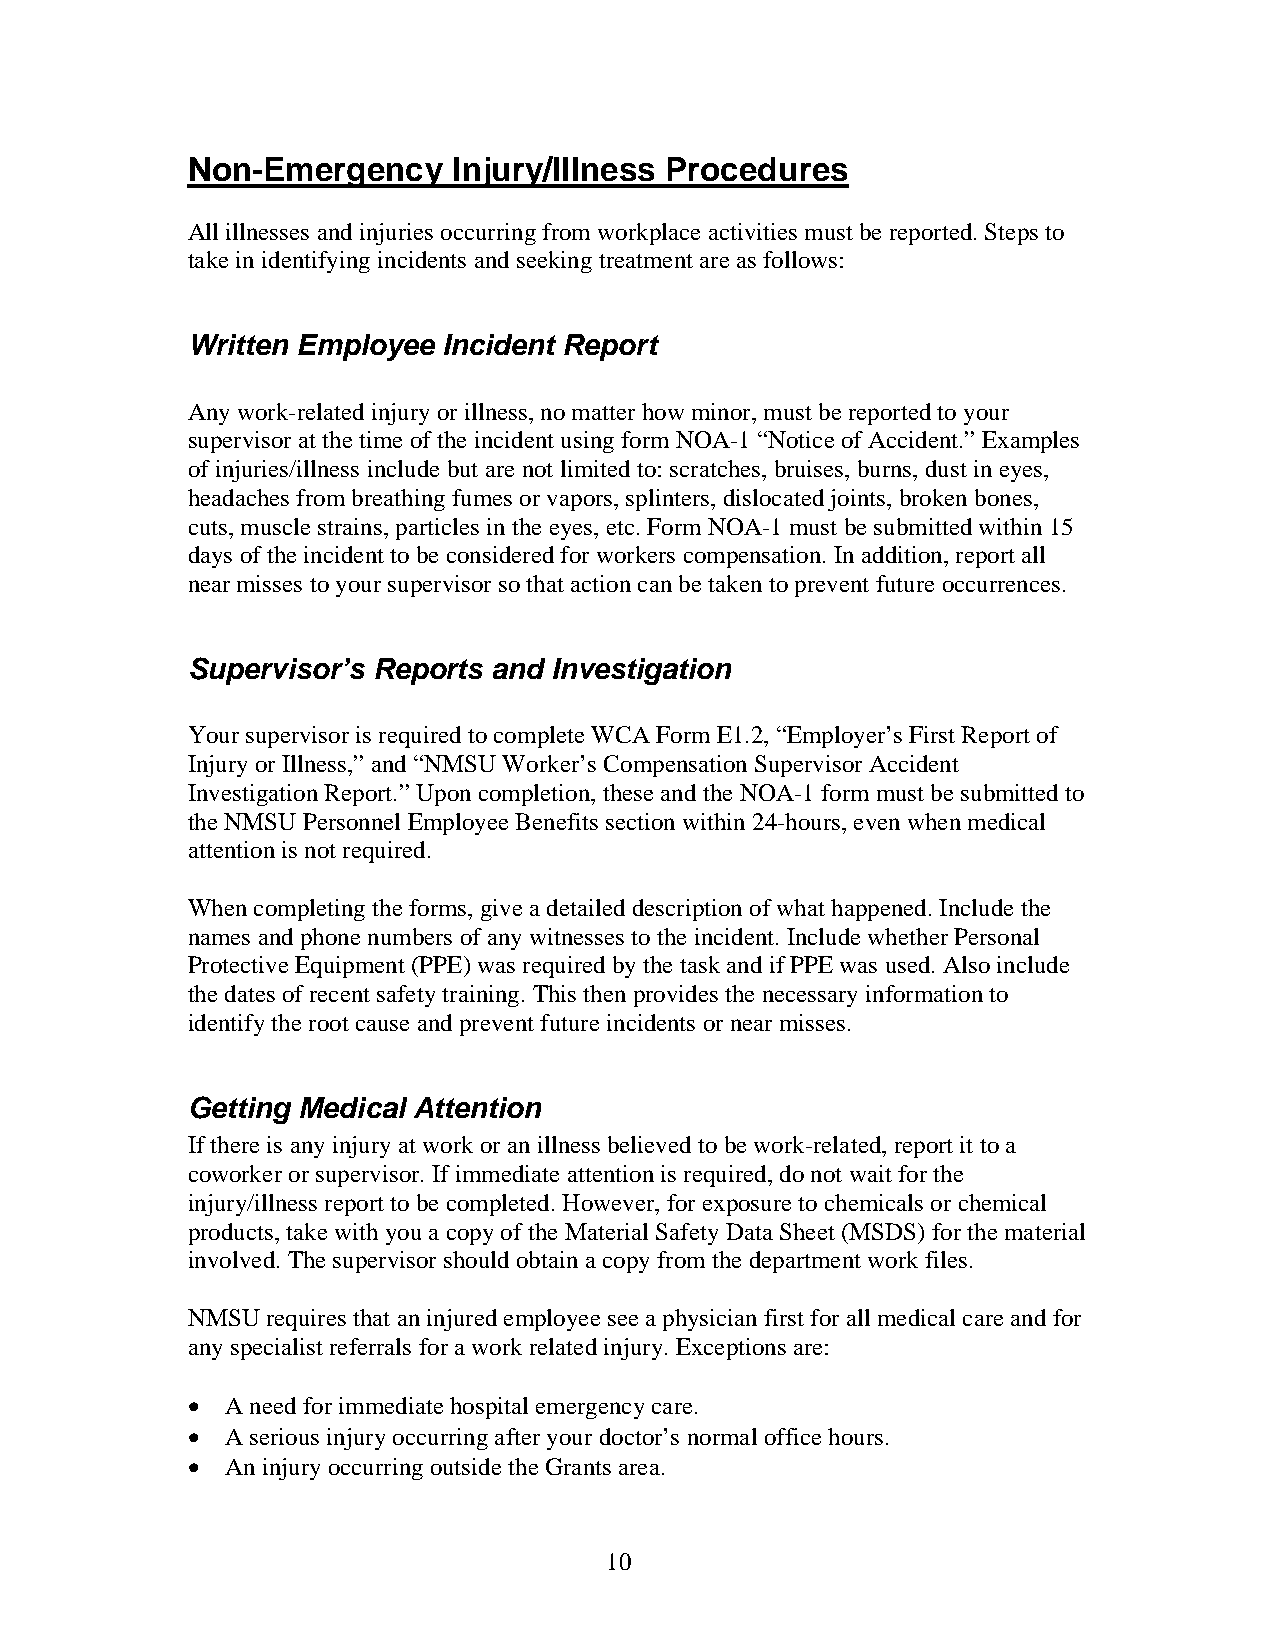
Non-Emergency     Injury/Illness Procedures
 All illnesses and injuries occurring from workplace activities must be reported. Steps to
 take in identifying incidents and seeking treatment are as follows:
 Written Employee Incident Report
 Any work-related injury or illness, no matter how minor, must be reported to your
 supervisor at the time of the incident using form NOA-1 “Notice of Accident.” Examples
 of injuries/illness include but are not limited to: scratches, bruises, burns, dust in eyes,
 headaches from breathing fumes or vapors, splinters, dislocated joints, broken bones,
 cuts, muscle strains, particles in the eyes, etc. Form NOA-1 must be submitted within 15
 days of the incident to be considered for workers compensation. In addition, report all
 near misses to your supervisor so that action can be taken to prevent future occurrences.
 Supervisor’s Reports and Investigation
 Your supervisor is required to complete WCA Form E1.2, “Employer’s First Report of
 Injury or Illness,” and “NMSU Worker’s Compensation Supervisor Accident
 Investigation Report.” Upon completion, these and the NOA-1 form must be submitted to
 the NMSU Personnel Employee Benefits section within 24-hours, even when medical
 attention is not required.
 When completing the forms, give a detailed description of what happened. Include the
 names and phone numbers of any witnesses to the incident. Include whether Personal
 Protective Equipment (PPE) was required by the task and if PPE was used. Also include
 the dates of recent safety training. This then provides the necessary information to
 identify the root cause and prevent future incidents or near misses.
 Getting Medical Attention
 If there is any injury at work or an illness believed to be work-related, report it to a
 coworker or supervisor. If immediate attention is required, do not wait for the
 injury/illness report to be completed. However, for exposure to chemicals or chemical
 products, take with you a copy of the Material Safety Data Sheet (MSDS) for the material
 involved. The supervisor should obtain a copy from the department work files.
 NMSU  requires that an injured employee see a physician first for all medical care and for
 any specialist referrals for a work related injury. Exceptions are:
   A need for immediate hospital emergency care.
   A serious injury occurring after your doctor’s normal office hours.
   An injury occurring outside the Grants area.
 10